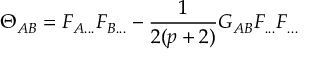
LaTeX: \Theta _ { A B } = F _ { A . . . } F _ { B . . . } - \frac { 1 } { 2 ( p + 2 ) } G _ { A B } F _ { . . . } F _ { . . . }